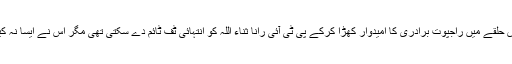
اس حلقے میں راجپوت برادری کا امیدوار کھڑا کرکے پی ٹی آئی رانا ثناء اللہ کو انتہائی ٹف ٹائم دے سکتی تھی مگر اس نے ایسا نہ کیا۔